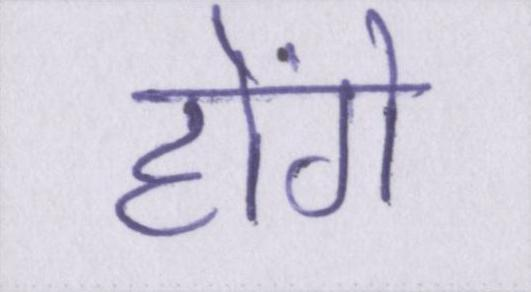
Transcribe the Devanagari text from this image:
होंगे